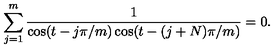
\sum _ { j = 1 } ^ { m } { \frac { 1 } { \cos ( t - { j \pi / m } ) \cos ( t - { ( j + N ) \pi / m } ) } } = 0 .